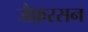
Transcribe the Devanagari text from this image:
जैफ़रसन